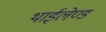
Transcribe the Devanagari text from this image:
थाईलेण्ड